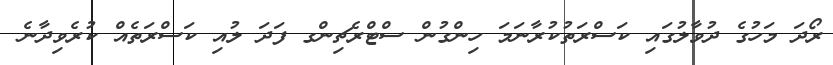
ރޯދަ މަހުގެ ދުވާލުގައި ކަސްރަތުކުރާނަމަ ހިންގުން ސްޓްރެޗިންގ ފަދަ ލުއި ކަސްރަތެއް ކުރެވިދާނެ